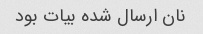
نان ارسال شده بیات بود